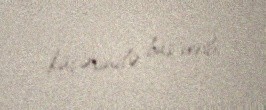
küçəsində baş verib.